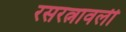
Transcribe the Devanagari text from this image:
रसरत्नावली